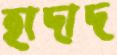
হাদাদ